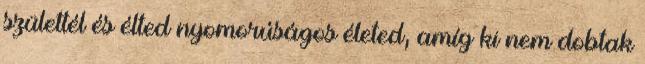
születtél és élted nyomorúságos életed, amíg ki nem dobtak